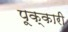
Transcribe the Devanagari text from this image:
पूक्कारी